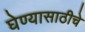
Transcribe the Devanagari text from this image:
घेण्यासाठीचे